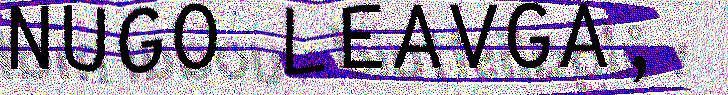
NUGO LEAVGA,